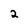
Character: 2